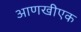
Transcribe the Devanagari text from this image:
आणखीएक